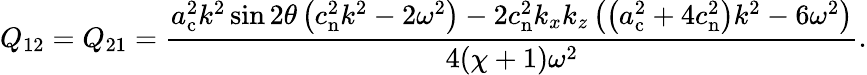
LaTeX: Q_{12}=Q_{21}=\frac{a_{\mathrm{c}}^{2}k^{2}\sin 2\theta\left(c_{\mathrm{n}}^{2}k^{2}-2\omega^{2}\right)-2c_{\mathrm{n}}^{2}k_{x}k_{z}\left(\left(a_{\mathrm{c}}^{2}+4c_{\mathrm{n}}^{2}\right)k^{2}-6\omega^{2}\right)}{4(\chi+1)\omega^{2}}.